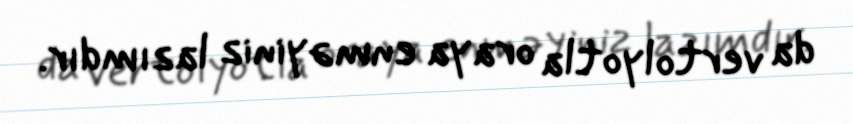
da vertolyotla oraya enməyiniz lazımdır.